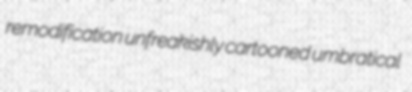
remodification unfreakishly cartooned umbratical